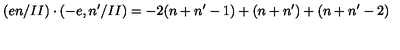
( e n / I I ) \cdot ( - e , n ^ { \prime } / I I ) = - 2 ( n + n ^ { \prime } - 1 ) + ( n + n ^ { \prime } ) + ( n + n ^ { \prime } - 2 )